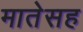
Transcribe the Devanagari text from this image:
मातेसह